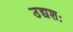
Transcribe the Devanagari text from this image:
उद्यशः